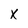
Character: X